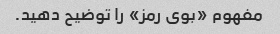
مفهوم «بوی رمز» را توضیح دهید.